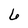
Character: 6